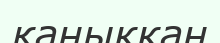
қаныккан